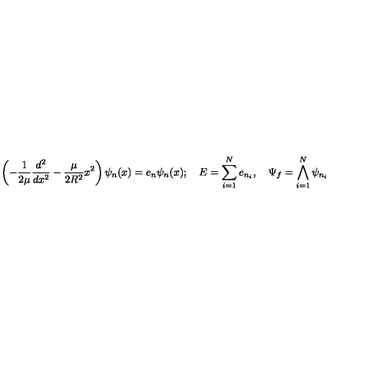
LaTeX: \left( - \frac { 1 } { 2 \mu } \frac { d ^ { 2 } } { d x ^ { 2 } } - \frac { \mu } { 2 R ^ { 2 } } x ^ { 2 } \right) \psi _ { n } ( x ) = e _ { n } \psi _ { n } ( x ) ; \quad E = \sum _ { i = 1 } ^ { N } e _ { n _ { i } } , \quad \Psi _ { f } = \bigwedge _ { i = 1 } ^ { N } \psi _ { n _ { i } }